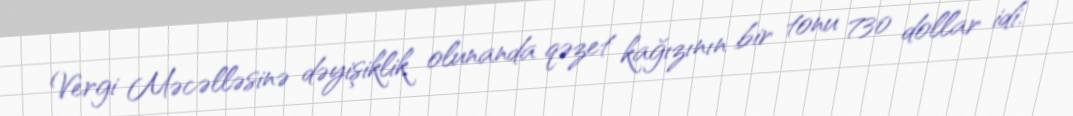
Vergi Məcəlləsinə dəyişiklik olunanda qəzet kağızının bir tonu 730 dollar idi.